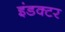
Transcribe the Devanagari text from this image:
इंडक्टर